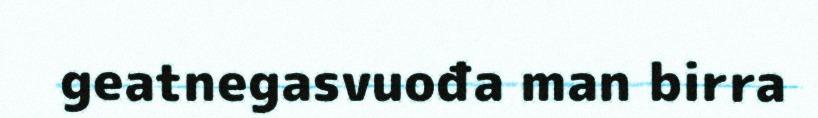
geatnegasvuođa man birra